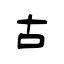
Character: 古